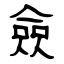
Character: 僉